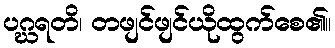
ပဂ္ဃရတိ၊ တဖျင်ဖျင်ယိုထွက်စေ၏။